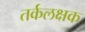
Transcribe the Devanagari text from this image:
तर्कलक्षक